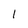
Character: 1